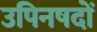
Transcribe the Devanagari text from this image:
उपिनषदों